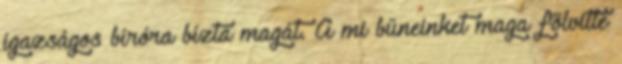
igazságos bíróra bízta magát. A mi bűneinket maga fölvitte